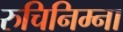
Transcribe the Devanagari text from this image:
रुचिनिम्ना